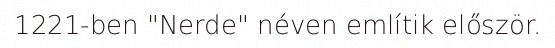
1221-ben "Nerde" néven említik először.